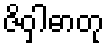
ဇိဝှါဓာတု